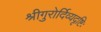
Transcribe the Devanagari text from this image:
श्रीगुरोर्दिव्यदृष्टिः